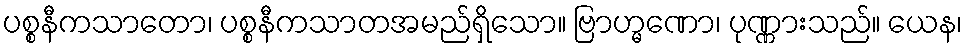
ပစ္စနီကသာတော၊ ပစ္စနီကသာတအမည်ရှိသော။ ဗြာဟ္မဏော၊ ပုဏ္ဏားသည်။ ယေန၊